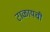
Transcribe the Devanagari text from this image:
टाळायची